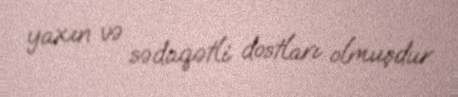
yaxın və sədaqətli dostları olmuşdur.